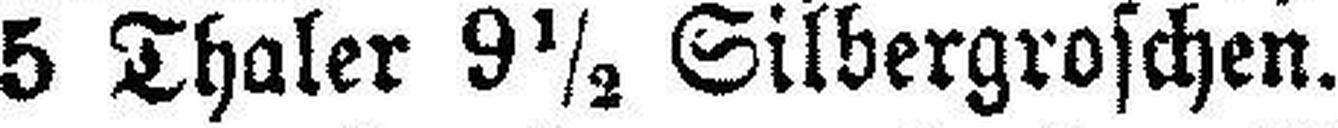
5 Thaler 9½ Silbergroschen.